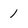
Character: 1